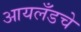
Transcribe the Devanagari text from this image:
आयलँडचे